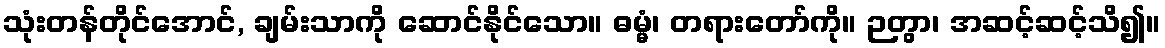
သုံးတန်တိုင်အောင်, ချမ်းသာကို ဆောင်နိုင်သော။ ဓမ္မံ၊ တရားတော်ကို။ ဉတွာ၊ အဆင့်ဆင့်သိ၍။